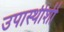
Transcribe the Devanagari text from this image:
उपास्थीशी